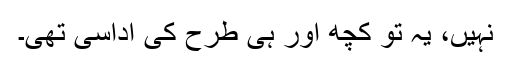
نہیں، یہ تو کچھ اور ہی طرح کی اداسی تھی۔